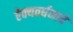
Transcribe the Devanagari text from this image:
ऐक्यवर्धनाचे